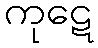
ကုဋေ